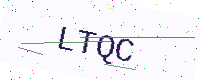
Text: LTQC